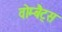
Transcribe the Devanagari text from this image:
वोम्बैट्स